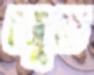
জুত